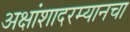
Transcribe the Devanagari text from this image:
अक्षांशादरम्यानचा